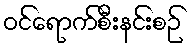
ဝင်ရောက်စီးနင်းစဉ်